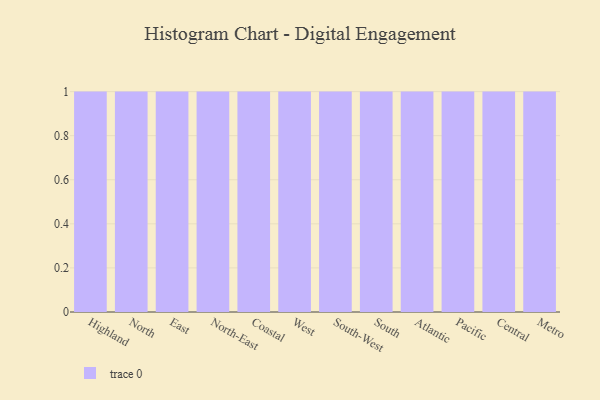
{"axis": {"x": "Region", "y": "Tickets Resolved"}, "legend": [""], "data": [{"x": "Highland", "y": 71, "type": ""}, {"x": "North", "y": 98, "type": ""}, {"x": "East", "y": 25, "type": ""}, {"x": "North-East", "y": 84, "type": ""}, {"x": "Coastal", "y": 61, "type": ""}, {"x": "West", "y": 39, "type": ""}, {"x": "South-West", "y": 2, "type": ""}, {"x": "South", "y": 58, "type": ""}, {"x": "Atlantic", "y": 8, "type": ""}, {"x": "Pacific", "y": 94, "type": ""}, {"x": "Central", "y": 70, "type": ""}, {"x": "Metro", "y": 99, "type": ""}]}